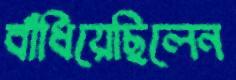
বাঁধিয়েছিলেন